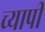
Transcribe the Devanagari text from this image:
च्यापी